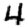
Digit: 4